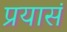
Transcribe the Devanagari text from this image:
प्रयासं